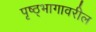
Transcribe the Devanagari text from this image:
पृष्ठ्भागावरील